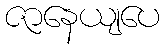
ဇာနေယျပေ